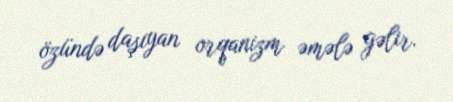
özündə daşıyan orqanizm əmələ gəlir.